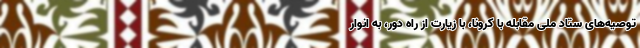
توصیه‌های ستاد ملی مقابله با کرونا، با زیارت از راه دور، به انوار